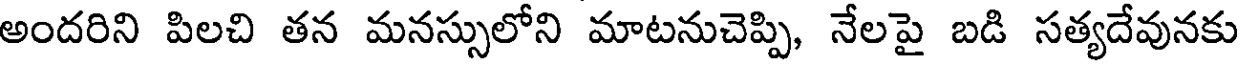
అందరిని పిలచి తన మనస్సులోని మాటనుచెప్పి, నేలపై బడి సత్యదేవునకు